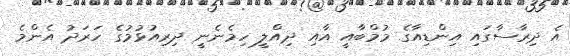
އެ ދިރާސާގައި އިންޑިއާގެ މުމްބާއީ އާއި ދިއްލީ ހިމެނެނީ ދިރިއުޅުމުގެ ހަރަދު އެންމެ